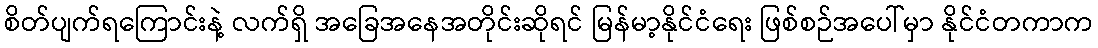
စိတ်ပျက်ရကြောင်းနဲ့ လက်ရှိ အခြေအနေအတိုင်းဆိုရင် မြန်မာ့နိုင်ငံရေး ဖြစ်စဉ်အပေါ်မှာ နိုင်ငံတကာက